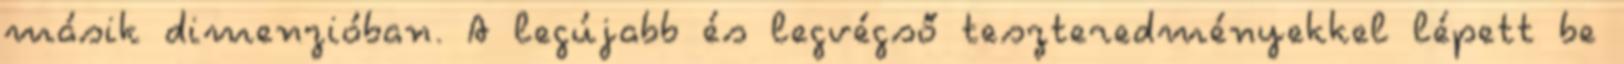
másik dimenzióban. A legújabb és legvégső teszteredményekkel lépett be